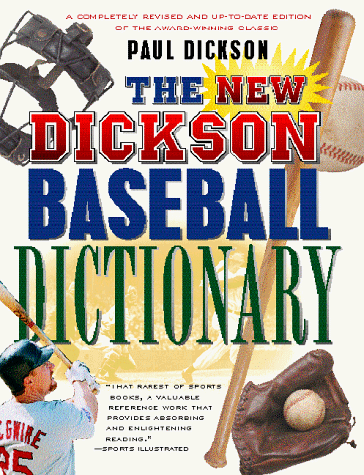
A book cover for The New Dickson Baseball Dictionary; Paul Dickson; Teen & Young Adult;